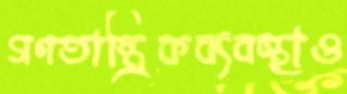
গণতান্ত্রিকব্যবস্থাও